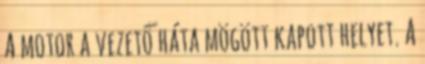
A motor a vezető háta mögött kapott helyet. A